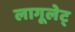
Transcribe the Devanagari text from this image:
लागूलेट्